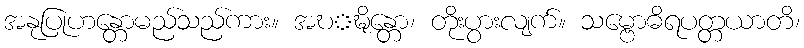
အနုပြုဟန္တောမည်သည်ကား။ အဎ္ဍ္ဎိန္တော၊ တိုးပွားလျက်။ သမ္ဗောဓိရပတ္တယာတိ၊